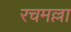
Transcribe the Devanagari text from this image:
रचमल्ला